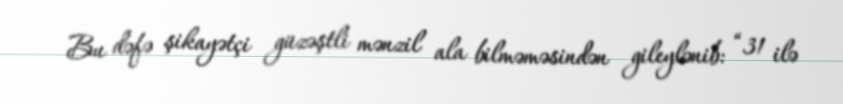
Bu dəfə şikayətçi güzəştli mənzil ala bilməməsindən gileylənib: “31 ilə